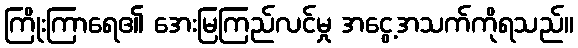
ကြိုးကြာရေ၏ အေးမြကြည်လင်မှု အငွေ့အသက်ကိုရသည်။